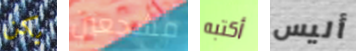
يكن مشجعين أكتبه أليس